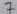
Text: 7